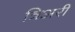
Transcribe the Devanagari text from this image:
त्रिअरी